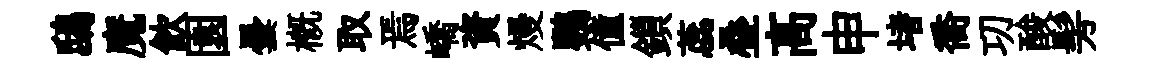
鴟魔飮園曇槪取焉嶠資熳鸚僮鎻蕊叠髙申堵喬㓛酸髣